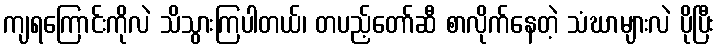
ကျရကြောင်းကိုလဲ သိသွားကြပါတယ်၊ တပည့်တော်ဆီ စာလိုက်နေတဲ့ သံဃာများလဲ ပိုပြီး